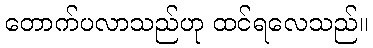
တောက်ပလာသည်ဟု ထင်ရလေသည်။